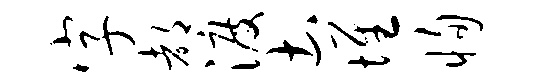
字都渡土堆恂